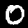
Label: 0